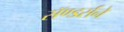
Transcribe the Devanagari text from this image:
सॅण्डर्सने